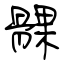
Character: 髁